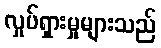
လှုပ်ရှားမှုများသည်